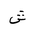
Letter: _shin